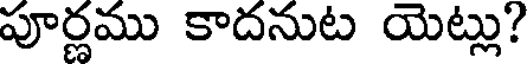
పూర్ణము కాదనుట యెట్లు?